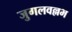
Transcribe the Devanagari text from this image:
जुगलवल्लभ